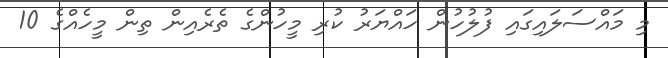
މި މައްސަލައިގައި ފުލުހުން ހައްޔަރު ކުރި މީހުންގެ ތެރެއިން ތިން މީހެއްގެ 10